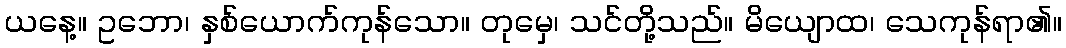
ယနေ့။ ဥဘော၊ နှစ်ယောက်ကုန်သော။ တုမှေ၊ သင်တို့သည်။ မိယျောထ၊ သေကုန်ရာ၏။